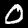
Label: 0